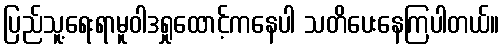
ပြည်သူ့ရေးရာမူဝါဒရှုထောင့်ကနေပါ သတိပေးနေကြပါတယ်။